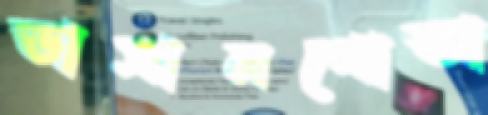
ভাসানপোতা